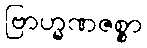
ဗြာဟ္မဏဇစ္စာ